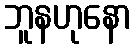
ဘူနဟုနော